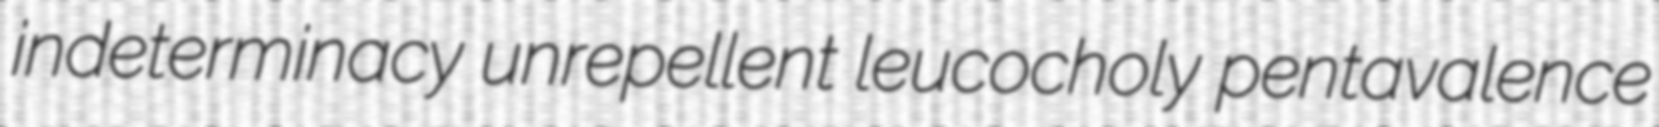
indeterminacy unrepellent leucocholy pentavalence